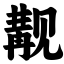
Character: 觏